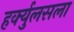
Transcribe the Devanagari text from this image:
हर्क्युलसला